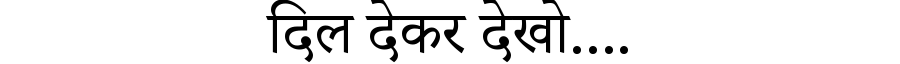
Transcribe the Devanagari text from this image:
दिल देकर देखो....